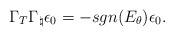
LaTeX: \begin{align*}\Gamma_T \Gamma_{\natural} \epsilon_0 = - sgn(E_{\theta}) \epsilon_0.\end{align*}